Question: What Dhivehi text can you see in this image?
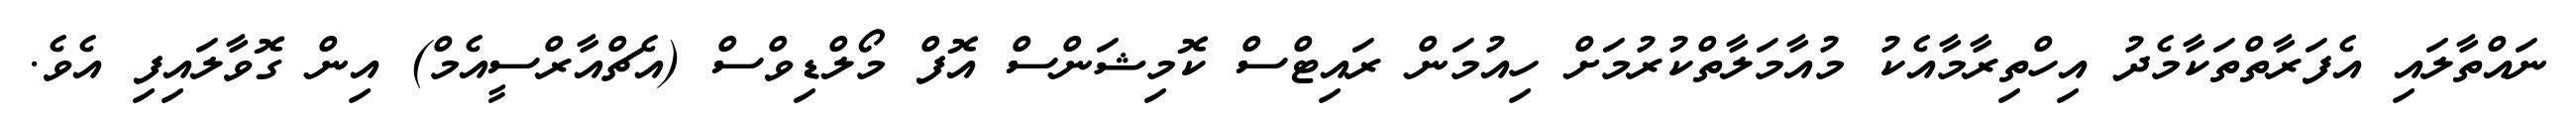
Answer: ނައްތާލައި އެފަރާތްތަކާމެދު އިހްތިރާމާއެކު މުއާމަލާތްކުރުމަށް ހިއުމަން ރައިޓްސް ކޮމިޝަންސް އޮފް މޯލްޑިވްސް (އެޗްއާރްސީއެމް) އިން ގޮވާލައިފި އެވެ.